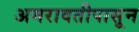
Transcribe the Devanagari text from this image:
अमरावतीपासून